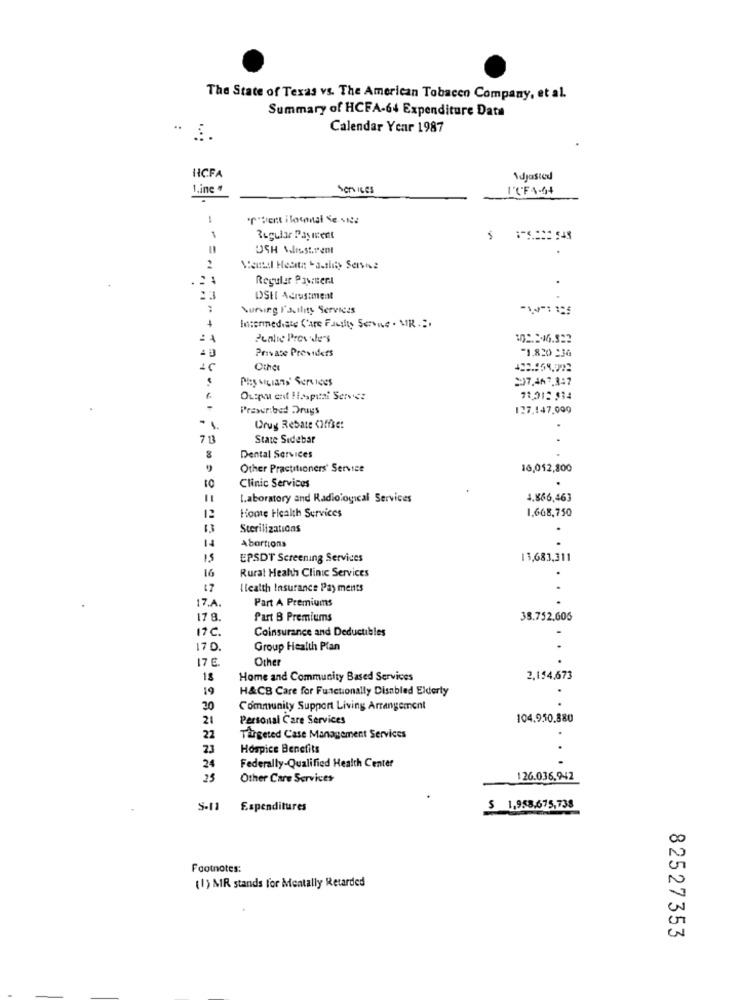
The State of Texas vs. The American Tobacen Company, et al.
Summary of HCFA-64 Expenditure Data
Calendar Year 1987
HCFA
1.ine
Services
-
"r"Vient iloconal Se sice
1
Regular Payment
Regular Pavinert
:3
DOSHI Acrustment
Suning Fallity Services
Intermediate C'are Fautits Service . MR ...
Punhe Provide's
Private Providers
-1.820 :30
Physicians' Soreness
2)7.467.347
Outpu ent Hospital Service
71,012 534
Prescribed Drugs
127.147,000
-1
Drug Rebate CHffse:
7 13
State Sidebar
Dental Services
Other Practitioners' Service
16,012,800
.
10
Clinic Services
Laboratory and Radiological Services
4.866,463
Honte Health Services
1.668,750
12
13
Sterilizations
Abortions
EPSDT Screening Services
13,683,311
16
Rural Health Clinic Services
17
Health Insurance Pay ments
17.A.
Part A Premiums
17 8.
Part B Premiums
38.752.606
17C.
Coinsurance and Deductibles
170.
Group Health Plan
17 €
Other
18
Home and Community Based Services
2,154,673
19
H&CB Care for Functionally Disabled Elderly
.
20
Community Support Living Arrangement
21
Personal Care Services
104.950.880
22
Targeted Case Management Services
23
Hospice Benefits
.
24
Federally-Qualified Health Center
25
Other Care Services
126.036.942
S-11
Expenditures
$ 1,958,675,738
Footnotes:
(1) MIR stands for Mentally Retarded
82527353